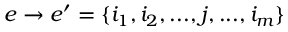
e \to e ^ { \prime } = \{ i _ { 1 } , i _ { 2 } , . . . , j , . . . , i _ { m } \}